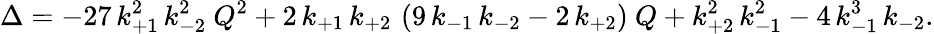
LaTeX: \Delta=-27\, k_{+1}^{2}\, k_{-2}^{2}~Q^{2}+2\, k_{+1}\, k_{+2}\, \left(9\, k_{-1}\, k_{-2}-2\, k_{+2}\right)~Q+k_{+2}^{2}\, k_{-1}^{2}-4\, k_{-1}^{3}\, k_{-2}.